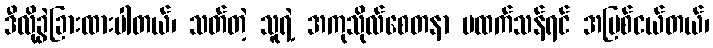
ဒီလိုခွဲခြားထားပါတယ်၊ သတ်တဲ့ သူရဲ့ အကုသိုလ်စေတနာ မထက်သန်ရင် အပြစ်ငယ်တယ်၊